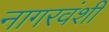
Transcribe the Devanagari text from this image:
नागरवंशी